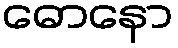
ဓောနော